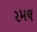
રમલ